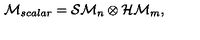
{ \cal M } _ { s c a l a r } = { \cal S M } _ { n } \otimes { \cal H M } _ { m } ,